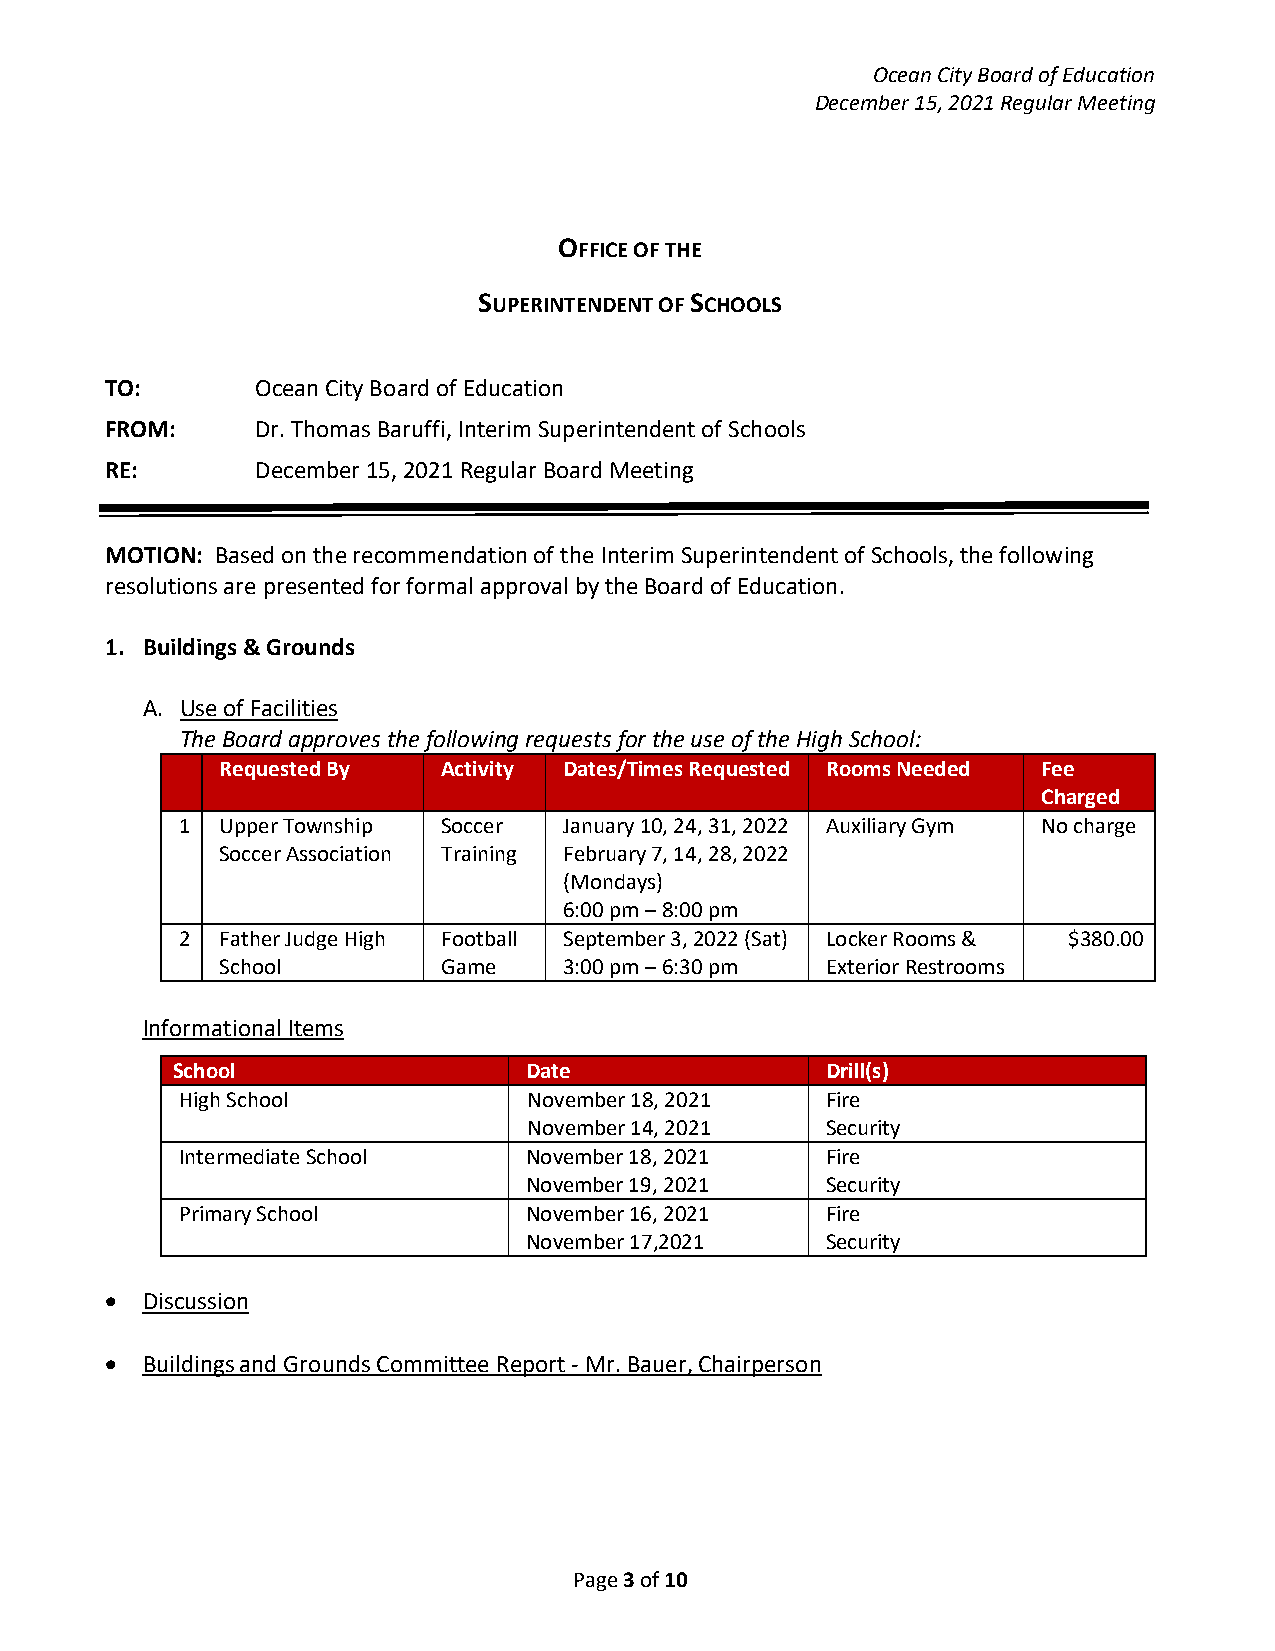
Ocean City Board of Education
 December 15, 2021 Regular Meeting
 OFFICE OF THE
 SUPERINTENDENT OF SCHOOLS
 TO:       Ocean City Board of Education
 FROM:     Dr. Thomas Baruffi, Interim Superintendent of Schools
 RE:       December 15, 2021 Regular Board Meeting
 MOTION: Based on the recommendation of the Interim Superintendent of Schools, the following
 resolutions are presented for formal approval by the Board of Education.
 1. Buildings & Grounds
 A. Use of Facilities
 The Board approves the following requests for the use of the High School:
 Requested By  Activity Dates/Times Requested Rooms Needed Fee
 Charged
 1  Upper Township Soccer January 10, 24, 31, 2022 Auxiliary Gym No charge
 Soccer Association Training February 7, 14, 28, 2022
 (Mondays)
 6:00 pm – 8:00 pm
 2  Father Judge High Football September 3, 2022 (Sat) Locker Rooms & $380.00
 School        Game    3:00 pm – 6:30 pm Exterior Restrooms
 Informational Items
 School                  Date                Drill(s)
 High School            November 18, 2021   Fire
 November 14, 2021   Security
 Intermediate School    November 18, 2021   Fire
 November 19, 2021   Security
 Primary School         November 16, 2021   Fire
 November 17,2021    Security
 • Discussion
 • Buildings and Grounds Committee Report - Mr. Bauer, Chairperson
 Page 3 of 10